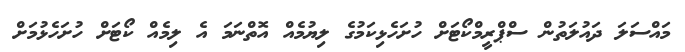
މައްސަލަ ދައުލަތުން ސްޕްރީމްކޯޓަށް ހުށަހެޅިކަމުގެ ލިޔުމެއް އޮތްނަމަ އެ ލިމެއް ކޯޓަށް ހުށަހެޅުމަށް